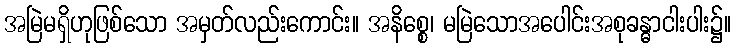
အမြဲမရှိဟုဖြစ်သော အမှတ်လည်းကောင်း။ အနိစ္စေ၊ မမြဲသောအပေါင်းအစုခန္ဓာငါးပါး၌။